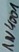
Text: 1N4001